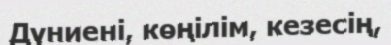
Дүниені, көңілім, кезесің,